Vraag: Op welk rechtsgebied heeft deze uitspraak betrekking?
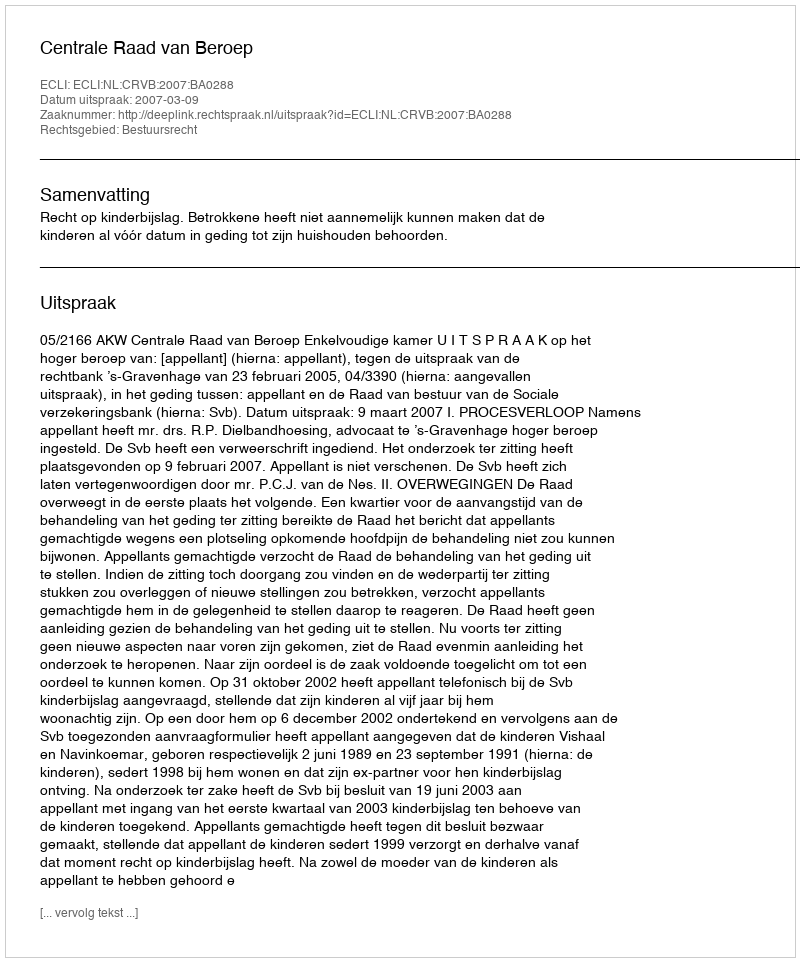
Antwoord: Bestuursrecht